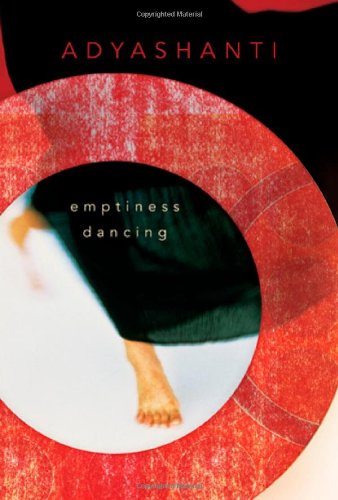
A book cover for Emptiness Dancing; Adyashanti; Religion & Spirituality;